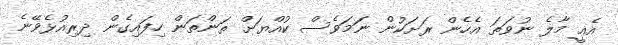
އެއީ މާލެ ނުވަތަ އެހެން ރަށަކުން ނަމަވެސް ކުއްޔަށް ތަންތަން ހިފައިގެން ދިރިއުޅެވޭނެ